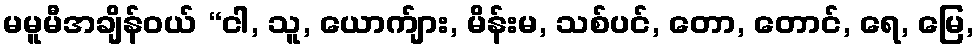
မမူမီအချိန်ဝယ် “ငါ, သူ, ယောက်ျား, မိန်းမ, သစ်ပင်, တော, တောင်, ရေ, မြေ,